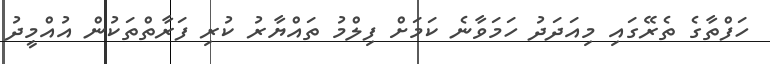
ހަފްތާގެ ތެރޭގައި މިއަދަދު ހަމަވާނެ ކަމަށް ފިލްމު ތައްޔާރު ކުރި ފަރާތްތަކުން އުއްމީދު